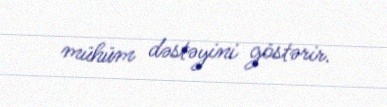
mühüm dəstəyini göstərir.